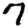
Digit: 7